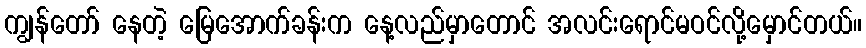
ကျွန်တော် နေတဲ့ မြေအောက်ခန်းက နေ့လည်မှာတောင် အလင်းရောင်မဝင်လို့မှောင်တယ်။